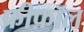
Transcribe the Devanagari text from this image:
फ्रीफ़ॉल